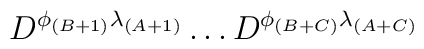
D^{\phi_{(B+1)}\lambda_{(A+1)}}\dots D^{\phi_{(B+C)}\lambda_{(A+C)}}